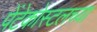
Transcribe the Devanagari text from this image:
पेंटेकोस्टलच्या